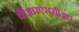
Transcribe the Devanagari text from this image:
वीआरएससीआर